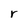
Character: r